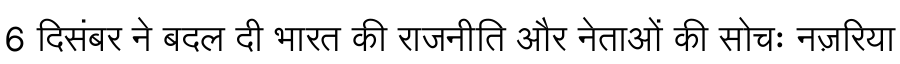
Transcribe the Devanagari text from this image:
6 दिसंबर ने बदल दी भारत की राजनीति और नेताओं की सोचः नज़रिया